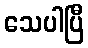
သေပါပြီ